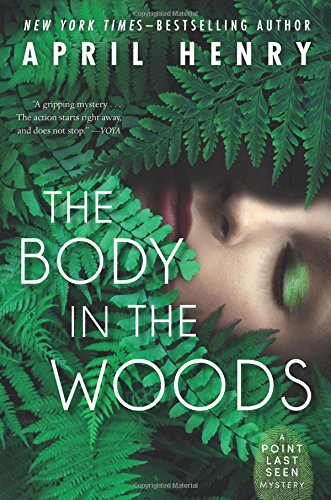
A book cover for The Body in the Woods: A Point Last Seen Mystery; April Henry; Teen & Young Adult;